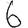
Digit: 6